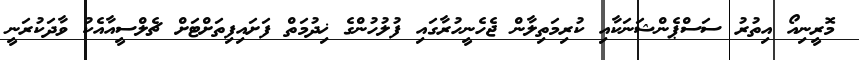
މޮރީނިއޯ އިތުރު ސަސްޕެންޝަނަކާއި ކުރިމަތިލާން ޖެހެނީހުރާގައި ފުލުހުންގެ ޚިދުމަތް ފަށައިފިތަށްޓަށް ޗެލްސީއާއެކު ވާދަކުރަނީ